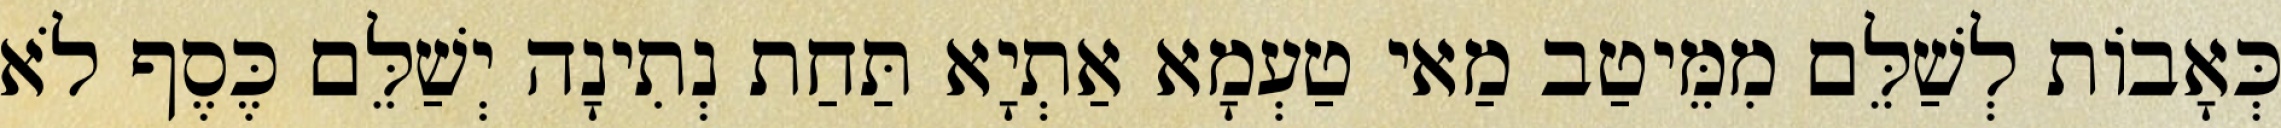
כְּאָבוֹת לְשַׁלֵּם מִמֵּיטַב מַאי טַעְמָא אַתְיָא תַּחַת נְתִינָה יְשַׁלֵּם כֶּסֶף לֹא